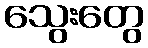
သွေးတွေ